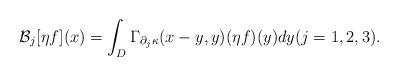
LaTeX: \begin{align*}{\cal B}_j[\eta f](x)=\int_D\Gamma_{\partial_j\kappa}(x-y,y)(\eta f)(y)dy (j=1,2,3).\end{align*}